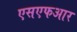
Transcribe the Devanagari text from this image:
एसएफआर